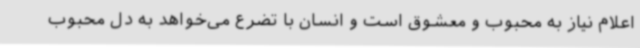
اعلام نیاز به محبوب و معشوق است و انسان با تضرع می‌خواهد به دل محبوب